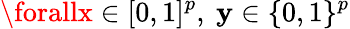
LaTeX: \forallx\in[0,1]^{p},\ \mathbf{y}\in\{ 0,1\} ^{p}